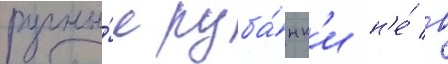
ручны́е руба́нк'и н'е́ в